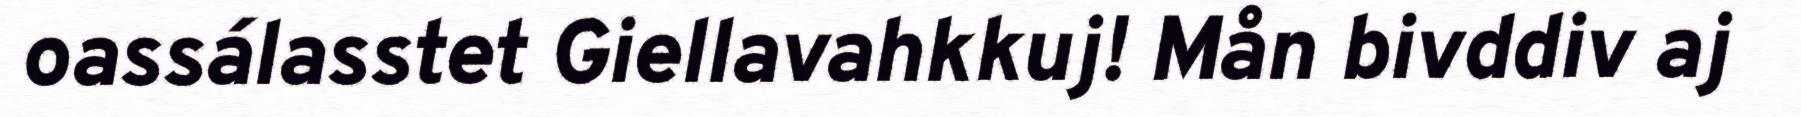
oassálasstet Giellavahkkuj! Mån bivddiv aj